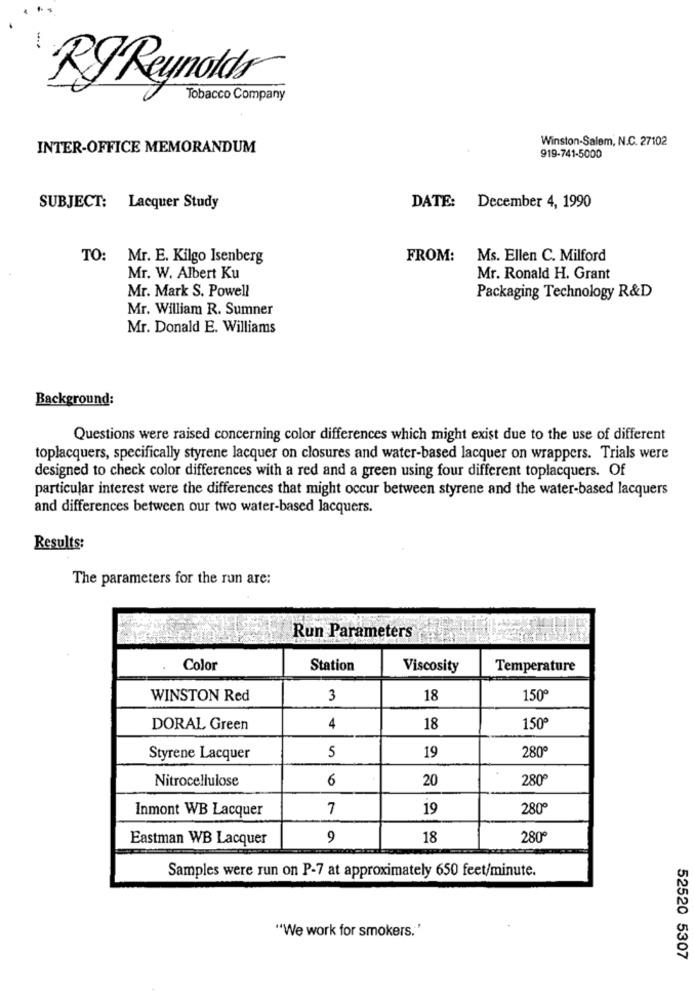
RJ Reynolds
Tobacco Company
Winston-Salem, N.C. 27102
INTER-OFFICE MEMORANDUM
919-741-5000
SUBJECT: Lacquer Study
DATE: December 4, 1990
TO: Mr. E. Kilgo Isenberg
FROM:
Ms. Ellen C. Milford
Mr. W. Albert Ku
Mr. Ronald H. Grant
Mr. Mark S. Powell
Packaging Technology R&D
Mr. William R. Sumner
Mr. Donald E. Williams
Background:
Questions were raised concerning color differences which might exist due to the use of different
toplacquers, specifically styrene lacquer on closures and water-based lacquer on wrappers. Trials were
designed to check color differences with a red and a green using four different toplacquers. Of
particular interest were the differences that might occur between styrene and the water-based lacquers
and differences between our two water-based lacquers.
Results:
The parameters for the run are:
Run Parameters
Color
Station
Viscosity
Temperature
WINSTON Red
3
18
150º
DORAL Green
4
18
150º
5
Styrene Lacquer
19
280º
Nitrocellulose
6
20
280º
Inmont WB Lacquer
7
19
280º
Eastman WB Lacquer
9
18
280º
Samples were run on P-7 at approximately 650 feet/minute.
"We work for smokers."
52520 5307